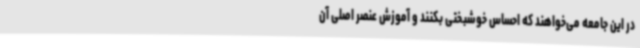
در این جامعه می‌خواهند که احساس خوشبختی بکنند و آموزش عنصر اصلی آن